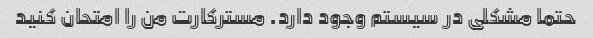
حتما مشکلی در سیستم وجود دارد. مسترکارت من را امتحان کنید